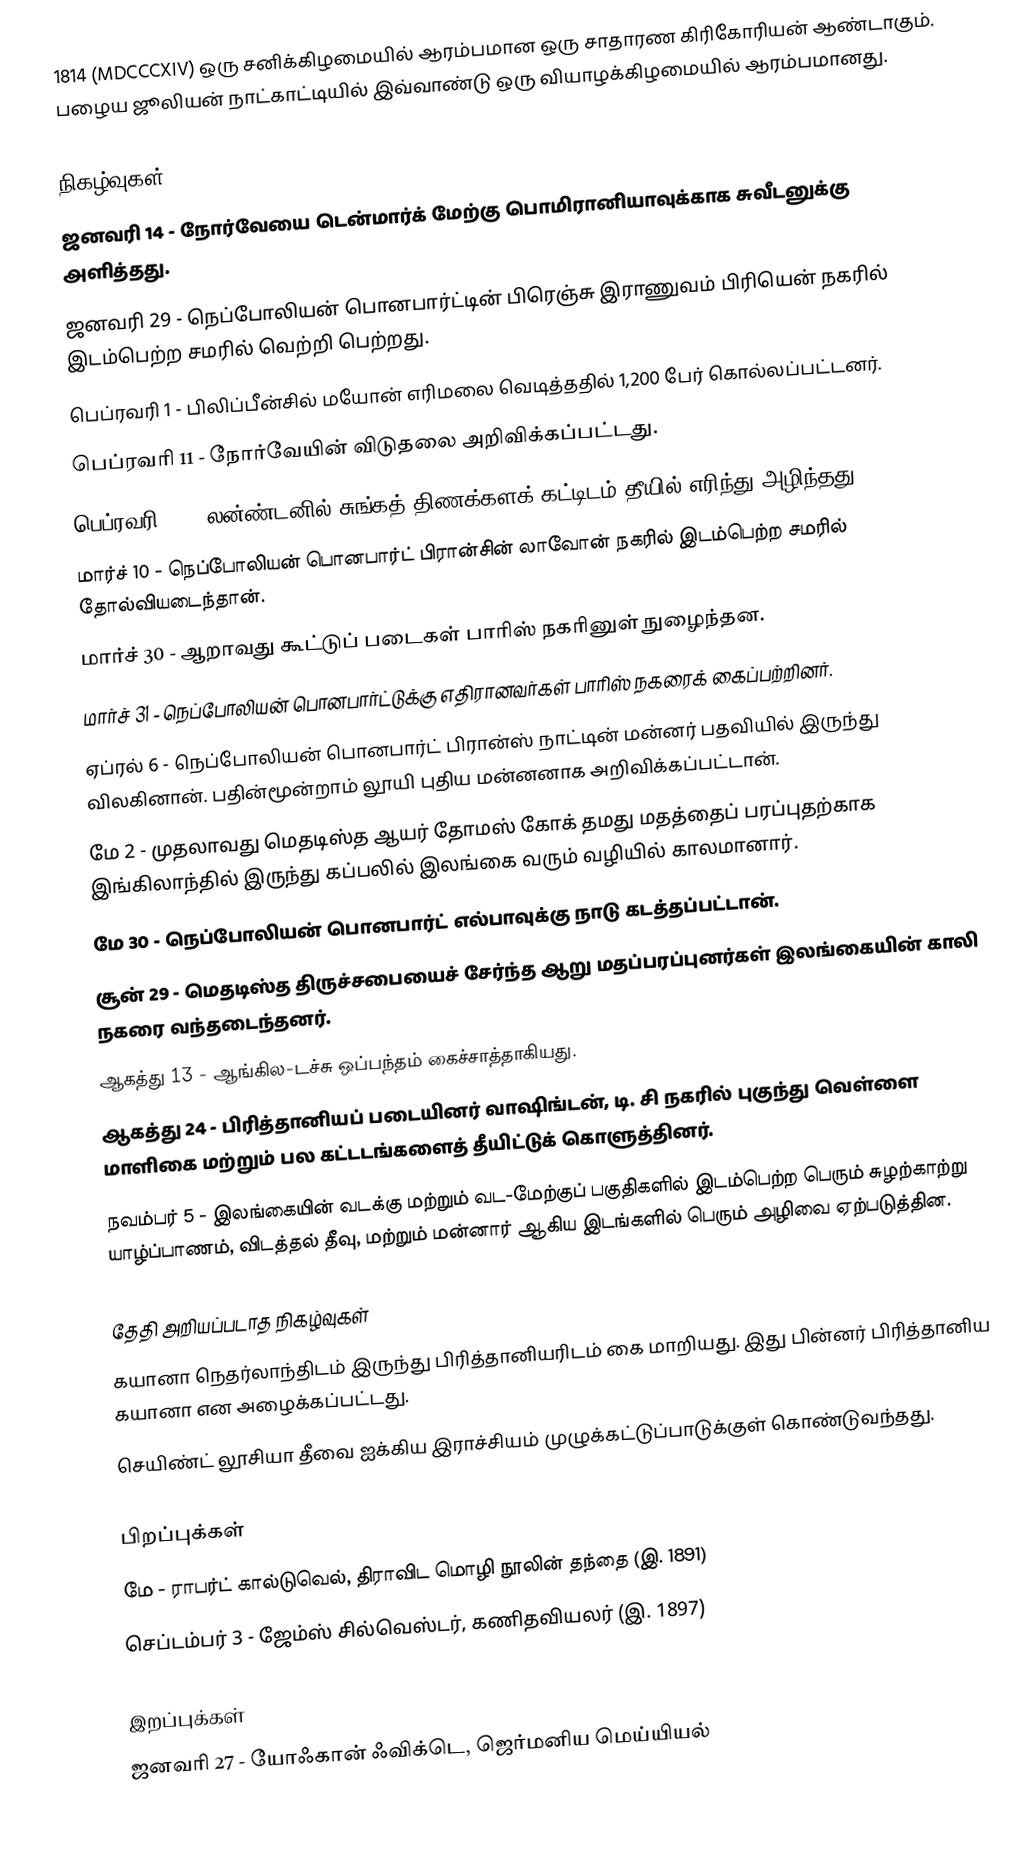
1814  (MDCCCXIV) ஒரு சனிக்கிழமையில் ஆரம்பமான ஒரு சாதாரண கிரிகோரியன் ஆண்டாகும். பழைய ஜூலியன் நாட்காட்டியில் இவ்வாண்டு ஒரு வியாழக்கிழமையில் ஆரம்பமானது.

நிகழ்வுகள்
 ஜனவரி 14 - நோர்வேயை டென்மார்க் மேற்கு பொமிரானியாவுக்காக சுவீடனுக்கு அளித்தது.
 ஜனவரி 29 - நெப்போலியன் பொனபார்ட்டின் பிரெஞ்சு இராணுவம் பிரியென் நகரில் இடம்பெற்ற சமரில் வெற்றி பெற்றது.
 பெப்ரவரி 1 - பிலிப்பீன்சில் மயோன் எரிமலை வெடித்ததில் 1,200 பேர் கொல்லப்பட்டனர்.
 பெப்ரவரி 11 - நோர்வேயின் விடுதலை அறிவிக்கப்பட்டது.
 பெப்ரவரி 12 - லன்ண்டனில் சுங்கத் திணக்களக் கட்டிடம் தீயில் எரிந்து அழிந்தது.
 மார்ச் 10 - நெப்போலியன் பொனபார்ட் பிரான்சின் லாவோன் நகரில் இடம்பெற்ற சமரில் தோல்வியடைந்தான்.
 மார்ச் 30 - ஆறாவது கூட்டுப் படைகள் பாரிஸ் நகரினுள் நுழைந்தன.
 மார்ச் 31 - நெப்போலியன் பொனபார்ட்டுக்கு எதிரானவர்கள் பாரிஸ் நகரைக் கைப்பற்றினர்.
 ஏப்ரல் 6 - நெப்போலியன் பொனபார்ட் பிரான்ஸ் நாட்டின் மன்னர் பதவியில் இருந்து விலகினான். பதின்மூன்றாம் லூயி புதிய மன்னனாக அறிவிக்கப்பட்டான்.
 மே 2 - முதலாவது மெதடிஸ்த ஆயர் தோமஸ் கோக் தமது மதத்தைப் பரப்புதற்காக இங்கிலாந்தில் இருந்து கப்பலில் இலங்கை வரும் வழியில் காலமானார்.
 மே 30 - நெப்போலியன் பொனபார்ட் எல்பாவுக்கு நாடு கடத்தப்பட்டான்.
 சூன் 29 - மெதடிஸ்த திருச்சபையைச் சேர்ந்த ஆறு மதப்பரப்புனர்கள் இலங்கையின் காலி நகரை வந்தடைந்தனர்.
 ஆகத்து 13 - ஆங்கில-டச்சு ஒப்பந்தம் கைச்சாத்தாகியது.
 ஆகத்து 24 - பிரித்தானியப் படையினர் வாஷிங்டன், டி. சி நகரில் புகுந்து வெள்ளை மாளிகை மற்றும் பல கட்டடங்களைத் தீயிட்டுக் கொளுத்தினர்.
 நவம்பர் 5 - இலங்கையின் வடக்கு மற்றும் வட-மேற்குப் பகுதிகளில் இடம்பெற்ற பெரும் சுழற்காற்று யாழ்ப்பாணம், விடத்தல் தீவு, மற்றும் மன்னார் ஆகிய இடங்களில் பெரும் அழிவை ஏற்படுத்தின.

தேதி அறியப்படாத நிகழ்வுகள்
 கயானா நெதர்லாந்திடம் இருந்து பிரித்தானியரிடம் கை மாறியது. இது பின்னர் பிரித்தானிய கயானா என அழைக்கப்பட்டது.
 செயிண்ட் லூசியா தீவை ஐக்கிய இராச்சியம் முழுக்கட்டுப்பாடுக்குள் கொண்டுவந்தது.

பிறப்புக்கள்
 மே - ராபர்ட் கால்டுவெல், திராவிட மொழி நூலின் தந்தை (இ. 1891)
 செப்டம்பர் 3 - ஜேம்ஸ் சில்வெஸ்டர், கணிதவியலர் (இ. 1897)

இறப்புக்கள்
 ஜனவரி 27 - யோஃகான் ஃவிக்டெ, ஜெர்மனிய மெய்யியல்